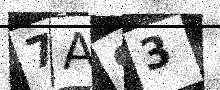
Text: 7AS3